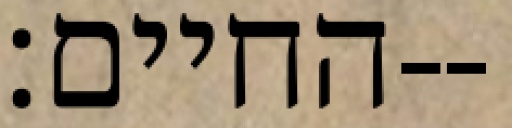
החיים׃--